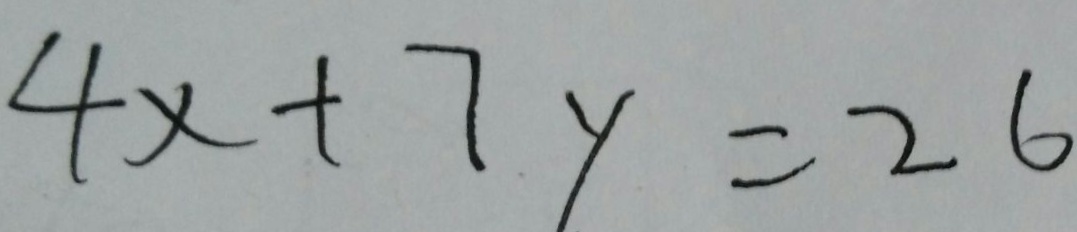
4 x + 7 y = 2 6